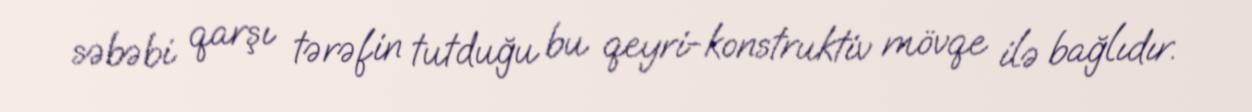
səbəbi qarşı tərəfin tutduğu bu qeyri-konstruktiv mövqe ilə bağlıdır.